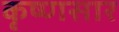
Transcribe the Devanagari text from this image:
कृष्णसार